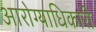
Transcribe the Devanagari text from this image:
आरोग्याधिकारी